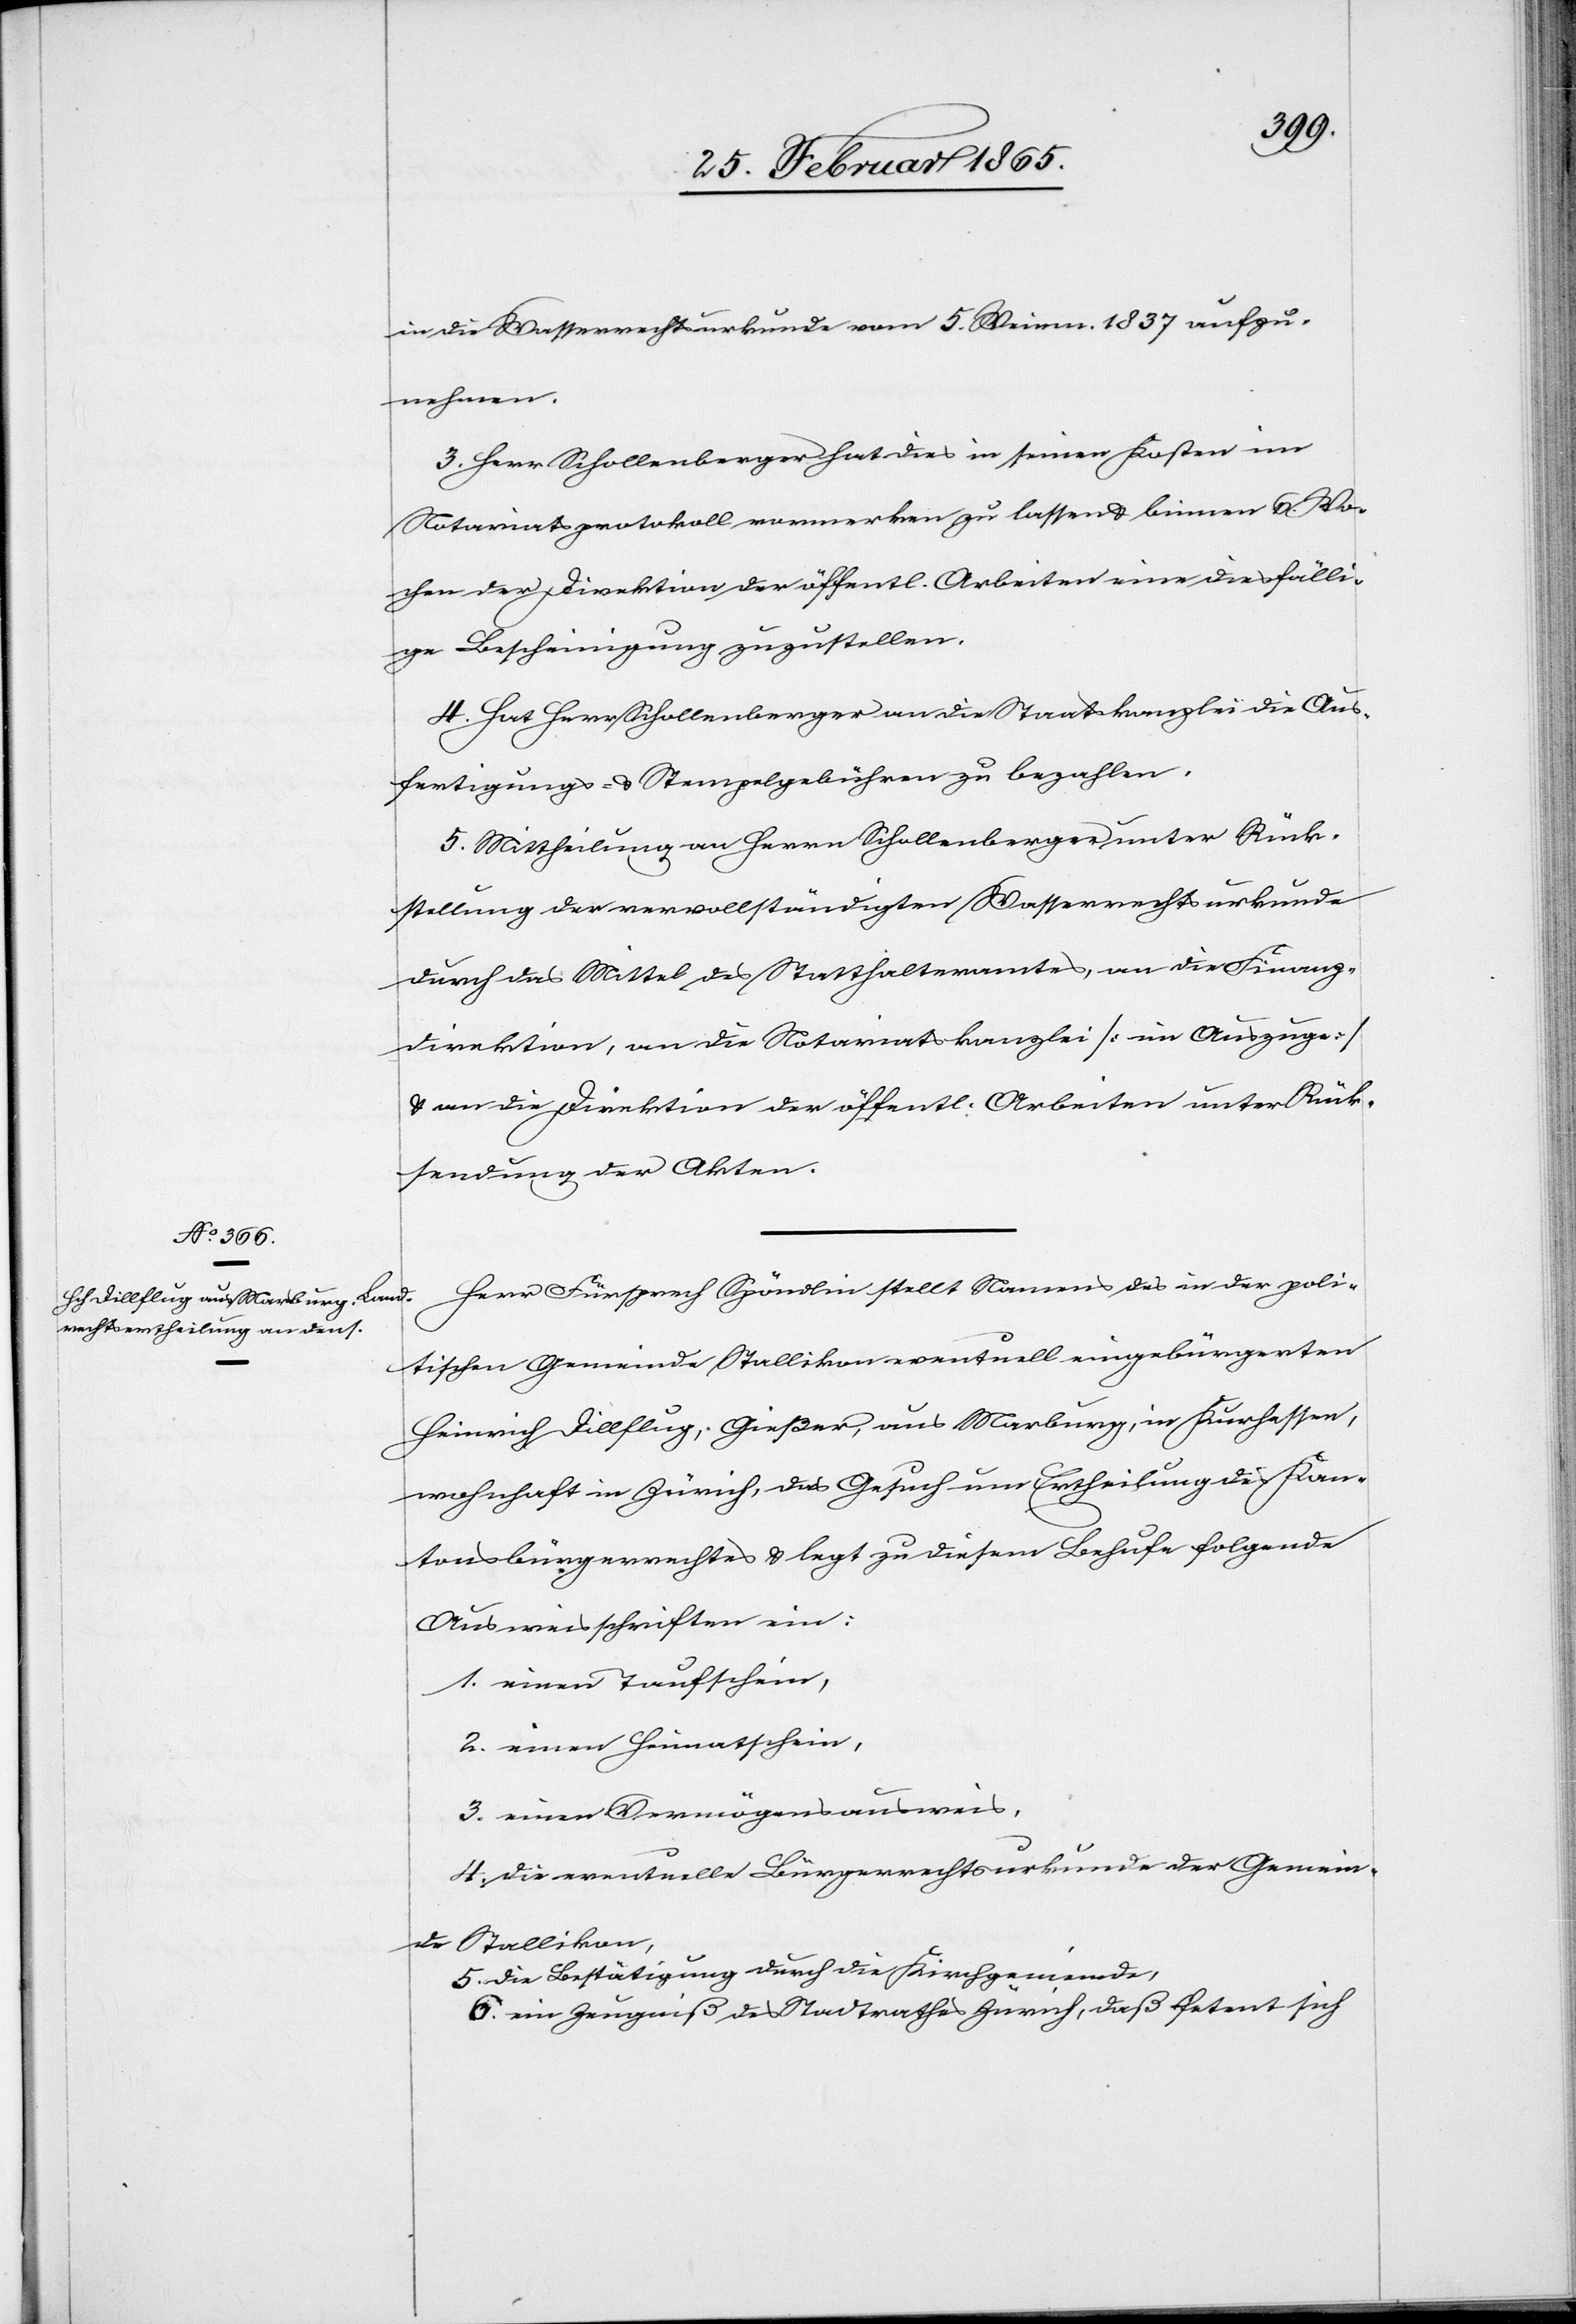
in die Wasserrechtsurkunde vom 5. Weinm. 1837 aufzu¬
nehmen.
3. Herr Schollenberger hat dies in seinen Kosten im
Notariatsprotokoll vormerken zu lassen u. binnen 6. Wo¬
chen der Direktion der öffentl. Arbeiten eine diesfälli¬
ge Bescheinigung zuzustellen.
4. Hat Herr Schollenberger an die Staatskanzlei die Aus¬
fertigungs- u. Stempelgebühren zu bezahlen.
5. Mittheilung an Herrn Schollenberger unter Rück¬
stellung der vervollständigten Wasserrechtsurkunde
durch das Mittel des Statthalteramtes, an die Finanz¬
direktion, an die Notariatskanzlei [im Auszuge]
u. an die Direktion der öffentl. Arbeiten unter Rück¬
sendung der Akten.
Herr Fürsprech Spöndlin stellt Namens des in der poli¬
tischen Gemeinde Stallikon eventuell eingebürgerten
Heinrich Dillflug, Gießer, aus Marburg, in Kurhessen,
wohnhaft in Zürich, das Gesuch um Ertheilung des Kan¬
tonsbürgerrechtes u. legt zu diesem Behufe folgende
Ausweisschriften ein:
1. einen Taufschein,
2. einen Heimatschein,
3. einen Vermögensausweis,
4. die eventuelle Bürgerrechtsurkunde der Gemein¬
de Stallikon,
5. die Bestätigung durch die Kirchgemeinde,
6. ein Zeugniß des Stadtrathes Zürich, daß Petent sich